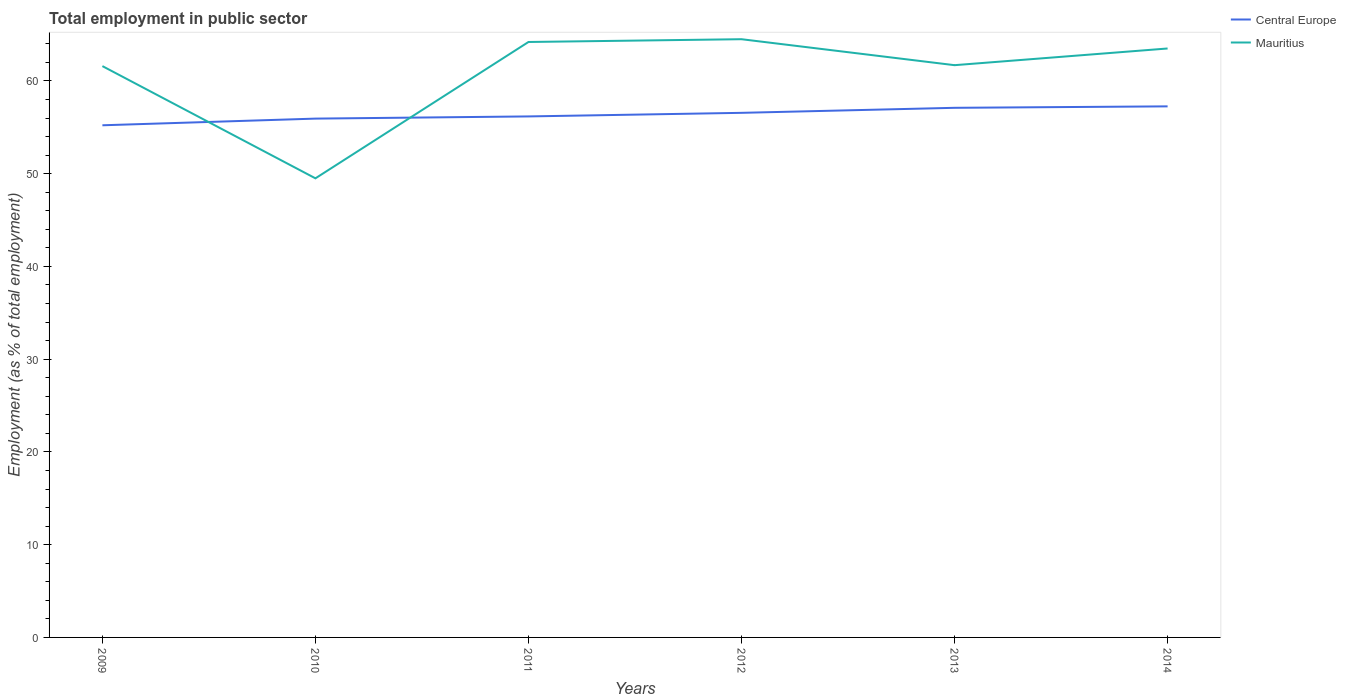
| Years | Central Europe | Mauritius |
 | --- | --- | --- |
 | 2009 | 55.2 | 61.6 |
 | 2010 | 55.9 | 49.5 |
 | 2011 | 56.2 | 64.2 |
 | 2012 | 56.6 | 64.5 |
 | 2013 | 57.1 | 61.7 |
 | 2014 | 57.3 | 63.5 |